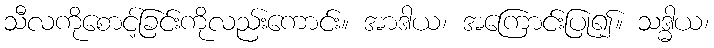
သီလကိုစောင့်ခြင်းကိုလည်းကောင်း။ အာဒါယ၊ အကြောင်းပြု၍။ သဒ္ဓါယ၊